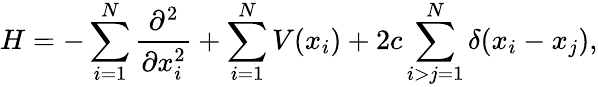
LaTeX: H=-\sum_{i=1}^{N}\frac{\partial^{2}}{\partial x_{i}^{2}}+\sum_{i=1}^{N}V(x_{i})+2c\sum_{i>j=1}^{N}\delta(x_{i}-x_{j}),